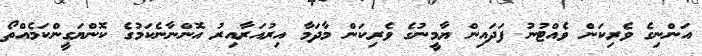
އަންނިގެ ވެރިކަން ވެއްޓުނު ފަދައިން ޔާމީނުގެ ވެރިކަން މާދަމާ އިރުއަރާއިރު އޮންނާނެކަމުގެ ކޮންޔަގީންކަމެއްތޯ